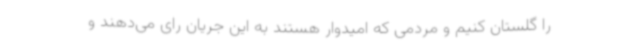
را گلستان کنیم و مردمی که امیدوار هستند به این جریان رای می‌دهند و